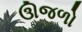
ઊજળો